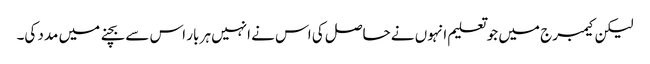
لیکن کیمبرج میں جو تعلیم انہوں نے حاصل کی اس نے انہیں ہر بار اس سے بچنے میں مدد کی۔